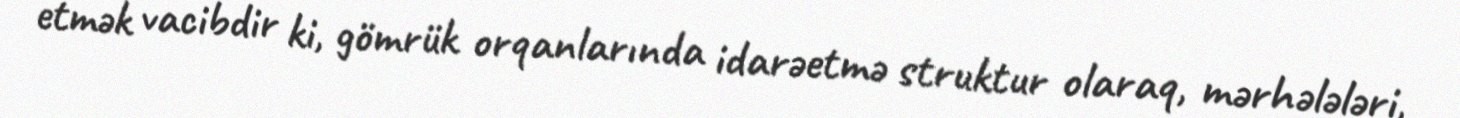
etmək vacibdir ki, gömrük orqanlarında idarəetmə struktur olaraq, mərhələləri,